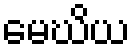
မေဃိယ